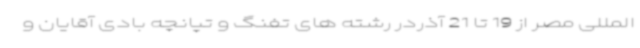
المللی مصر از 19 تا 21 آذردر رشته های تفنگ و تپانچه بادی آقایان و